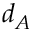
d _ { A }